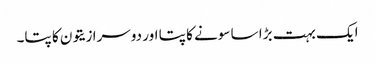
ایک بہت بڑا سا سونے کا پتا اور دوسرا زیتون کا پتا۔